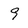
Character: 9